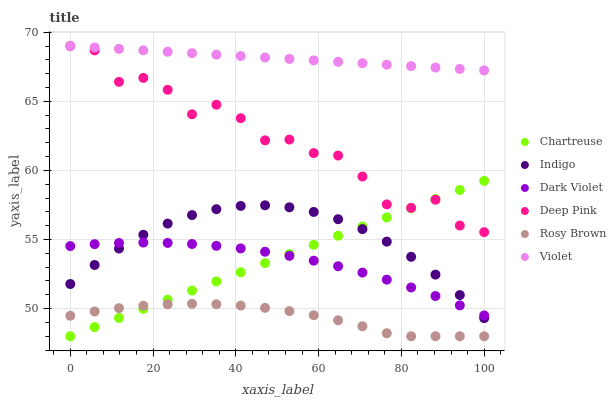
| xaxis_label | Chartreuse | Indigo | Dark Violet | Deep Pink | Rosy Brown | Violet |
 | --- | --- | --- | --- | --- | --- | --- |
 | 0 | 48 | 51.8 | 54.5 | 69 | 49.5 | 69 |
 | 5.88 | 48.7 | 53.2 | 54.7 | 68.7 | 49.8 | 68.9 |
 | 11.8 | 49.3 | 54.3 | 54.7 | 66.4 | 50 | 68.8 |
 | 17.6 | 50 | 55.3 | 54.8 | 66.7 | 50.2 | 68.7 |
 | 23.5 | 50.6 | 56.2 | 54.8 | 65.8 | 50.3 | 68.6 |
 | 29.4 | 51.3 | 56.8 | 54.7 | 64.1 | 50.3 | 68.5 |
 | 35.3 | 52 | 57.2 | 54.5 | 64.8 | 50.3 | 68.4 |
 | 41.2 | 52.6 | 57.4 | 54.4 | 63.8 | 50.2 | 68.3 |
 | 47.1 | 53.3 | 57.5 | 54.1 | 62.2 | 50.1 | 68.2 |
 | 52.9 | 54 | 57.3 | 53.8 | 62.2 | 49.8 | 68.1 |
 | 58.8 | 54.6 | 57 | 53.5 | 61.3 | 49.5 | 68 |
 | 64.7 | 55.3 | 56.5 | 53.1 | 61.1 | 49.2 | 67.9 |
 | 70.6 | 55.9 | 55.8 | 52.6 | 59.6 | 48.7 | 67.8 |
 | 76.5 | 56.6 | 54.8 | 52.1 | 57.5 | 48.2 | 67.7 |
 | 82.4 | 57.3 | 53.7 | 51.5 | 57.3 | 48 | 67.5 |
 | 88.2 | 57.9 | 52.5 | 50.9 | 57.9 | 48 | 67.4 |
 | 94.1 | 58.6 | 51 | 50.2 | 56 | 48 | 67.3 |
 | 100 | 59.2 | 49.3 | 49.5 | 55.5 | 48 | 67.2 |